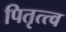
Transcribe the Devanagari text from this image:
पितृत्त्व